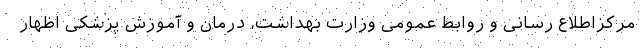
مرکزاطلاع رسانی و روابط عمومی وزارت بهداشت، درمان و آموزش پزشکی اظهار